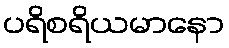
ပရိစရိယမာနော